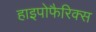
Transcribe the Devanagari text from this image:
हाइपोफैरिक्स